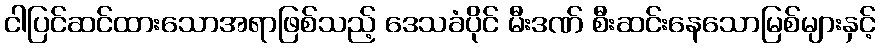
ငါပြင်ဆင်ထားသောအရာဖြစ်သည့် ဒေသခံပိုင် မီးဒဏ် စီးဆင်းနေသောမြစ်များနှင့်